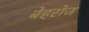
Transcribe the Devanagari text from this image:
बेहरोज